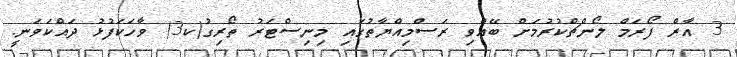
3 އާރް ފޯރަމް ލޯންޗްކުރުމަށް ބޭއްވި ރަސްމިއްޔާތުގައި މިނިސްޓަރު ތޯރިގު(ކ3) ވާހަކަފުޅު ދައްކަވަނީ.